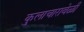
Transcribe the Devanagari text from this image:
कुलाचारावेळी